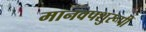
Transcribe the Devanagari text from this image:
मानवपशुरूपी